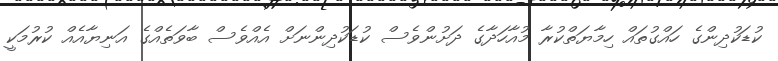
ކުޑަކުދިންގެ ހައްގުތައް ހިމާޔަތްކުރާ މުއާހަދާގެ ދަށުންވެސް ކުޑަކުދިންނަށް އެއްވެސް ބާވަތެއްގެ އަނިޔާއެއް ކުރުމަކީ